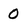
Character: 0